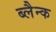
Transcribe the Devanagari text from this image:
ब्लैन्क